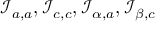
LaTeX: { \mathcal { I } } _ { a , a } , { \mathcal { I } } _ { c , c } , { \mathcal { I } } _ { \alpha , a } , { \mathcal { I } } _ { \beta , c }